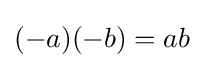
(-a)(-b)=ab